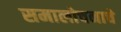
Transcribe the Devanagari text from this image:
समालोचनाचे